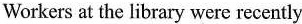
Workers at the library were recently